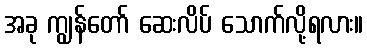
အခု ကျွန်တော် ဆေးလိပ် သောက်လို့ရလား။